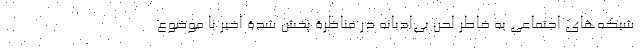
شبکه‌های اجتماعی به خاطر لحن بی‌ادبانه در مناظرۀ پخش شدۀ اخیر با موضوع